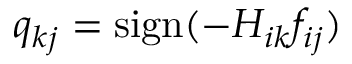
q _ { k j } = \mathrm { s i g n } ( - H _ { i k } f _ { i j } )